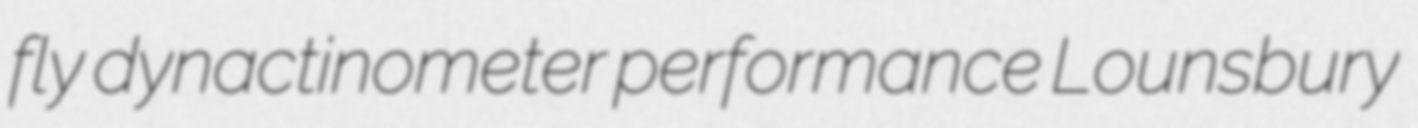
fly dynactinometer performance Lounsbury